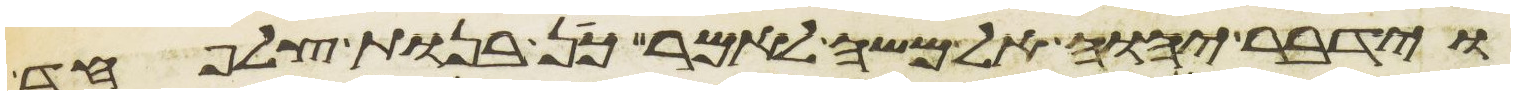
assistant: וידבר יהוה אל משה לאמר כן בנות צלפחד